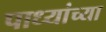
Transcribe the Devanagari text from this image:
पाध्यांच्या